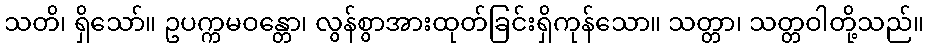
သတိ၊ ရှိသော်။ ဥပက္ကမဝန္တော၊ လွန်စွာအားထုတ်ခြင်းရှိကုန်သော။ သတ္တာ၊ သတ္တဝါတို့သည်။